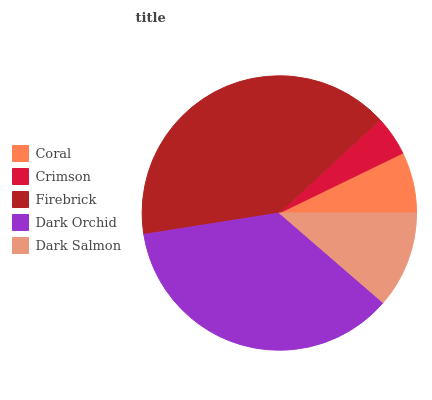
| Coral | Crimson | Firebrick | Dark Orchid | Dark Salmon |
 | --- | --- | --- | --- | --- |
 | 7.2% | 4.71% | 40.6% | 36.1% | 11.4% |